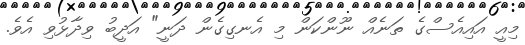
މިއީ އައިއެސްގެ ތަނެއް ނޫންކަން މި އެނގިގެން ދަނީ" އަދީބު ވިދާޅުވި އެވެ.